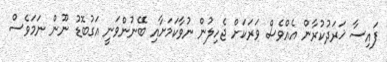
ފައިސާ ޚަރަދުކުރާން އެއްވެސް ވަރަކަށް ޖެހިލުން ނުވާކަމަށާއި ބޭނުންވަނީ އަގުބޮޑު ނޫން ނަމަވެސް